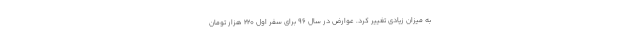
به میزان زیادی تغییر کرد. عوارض در سال ۹۶ برای سفر اول ۲۲۰ هزار تومان